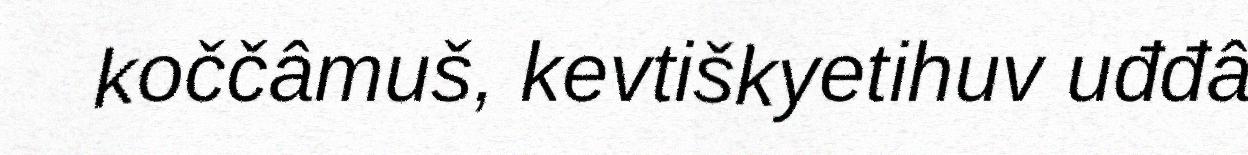
koččâmuš, kevtiškyetihuv uđđâ